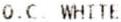
O.C WHITE